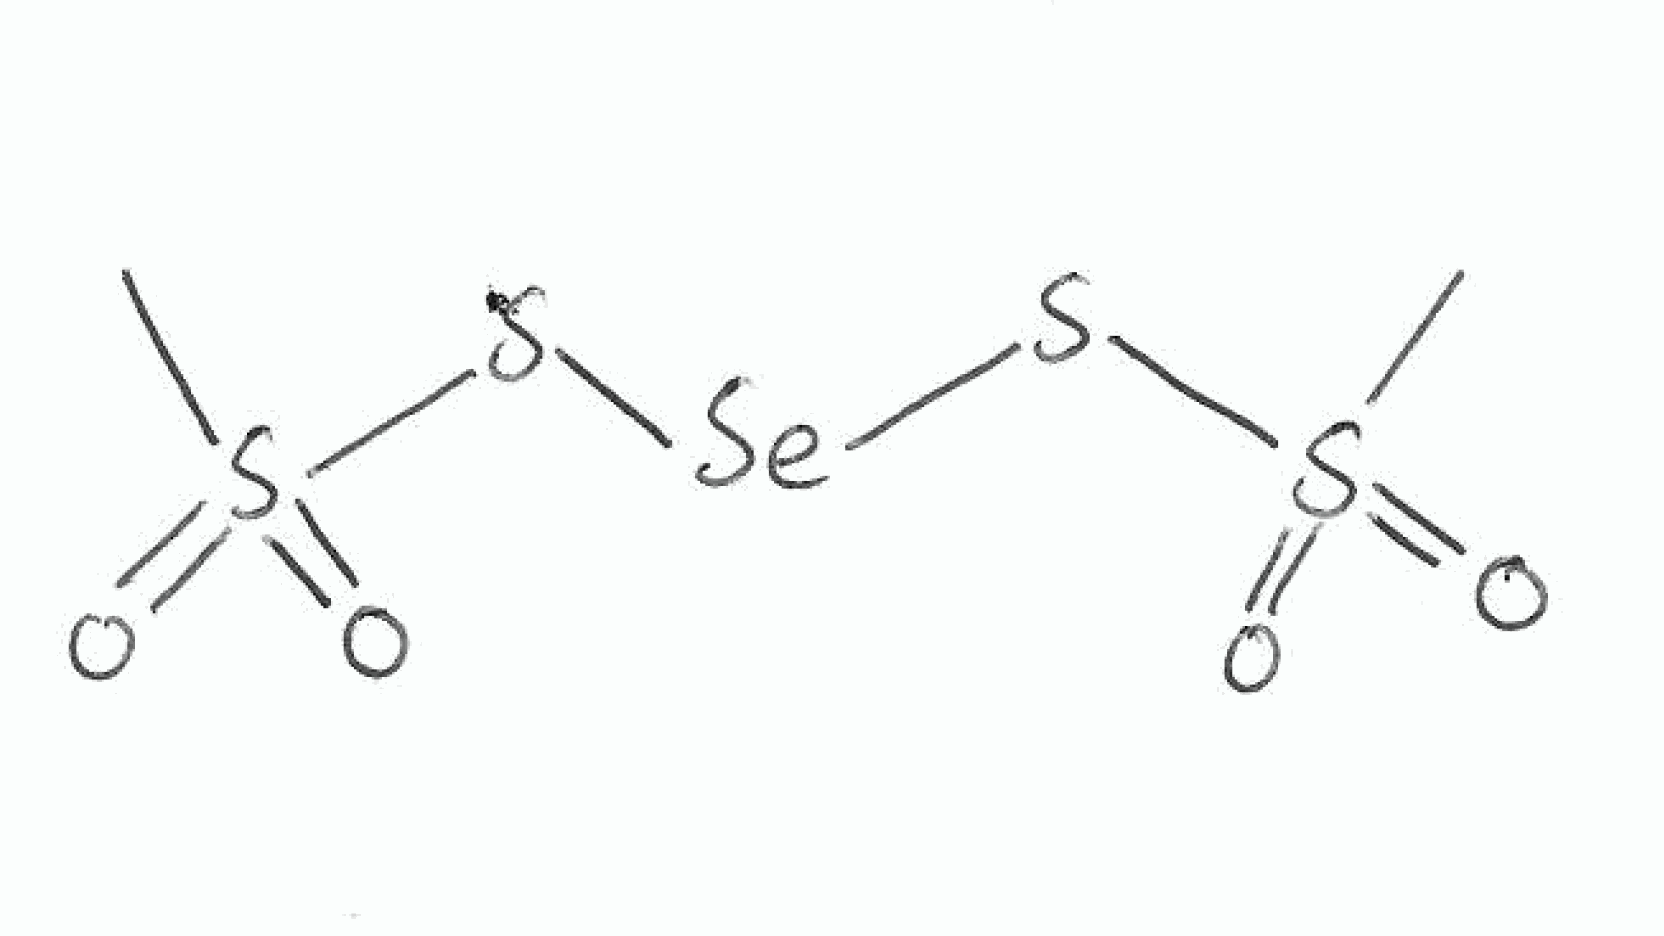
Simplified molecular-input line-entry system (SMILES) notation of the given molecule:
CS(=O)(=O)S[Se]SS(=O)(=O)C